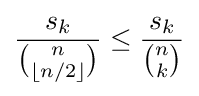
{s_{k} \over {n \choose \lfloor {n/2}\rfloor }}\leq {s_{k} \over {n \choose k}}